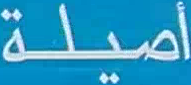
أصيلة